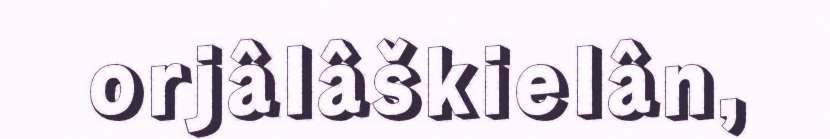
orjâlâškielân,